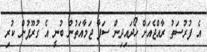
އެ ފުރުސަތު ރާއްޖެއަށް ހޯދައިދިން ސަފާ ޖަމާއަތުން ބުނީ އެ ގުރޫޕުން ކުރި